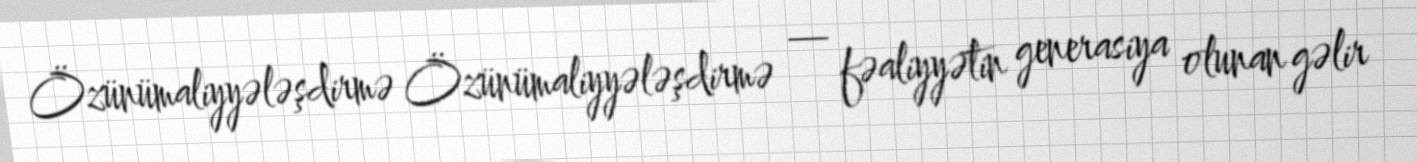
Özünümaliyyələşdirmə Özünümaliyyələşdirmə — fəaliyyətin generasiya olunan gəlir